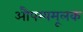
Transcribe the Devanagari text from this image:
औपम्यमूलक